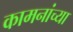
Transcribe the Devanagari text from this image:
कामनांच्या